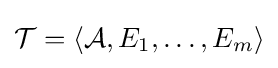
{\mathcal {T}}=\langle {\mathcal {A}},E_{1},\ldots ,E_{m}\rangle